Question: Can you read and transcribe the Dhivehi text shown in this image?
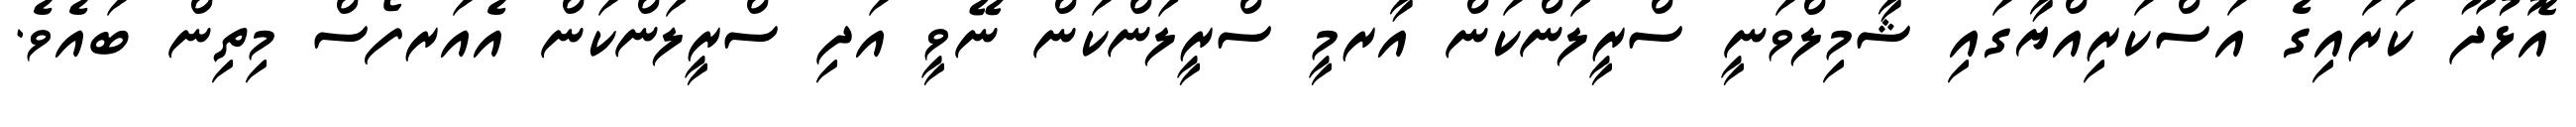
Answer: އޮޅުދޫ ކަރައިގެ އަސްކަރިއްޔާގައި ޝާމިލްވަނީ ސްރީލަންކަން އާރމީ ސްރީލަންކަން ނޭވީ އަދި ސްރީލަންކަން އެއަރފޯސް މިތިން ބައެވެ.